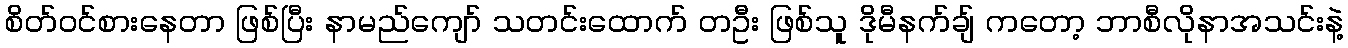
စိတ်ဝင်စားနေတာ ဖြစ်ပြီး နာမည်ကျော် သတင်းထောက် တဦး ဖြစ်သူ ဒိုမီနက်ချ် ကတော့ ဘာစီလိုနာအသင်းနဲ့